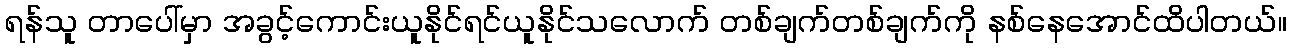
ရန်သူ တာပေါ်မှာ အခွင့်ကောင်းယူနိုင်ရင်ယူနိုင်သလောက် တစ်ချက်တစ်ချက်ကို နစ်နေအောင်ထိပါတယ်။